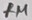
Text: 1M